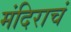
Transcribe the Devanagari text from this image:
मंदिराचं